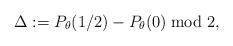
LaTeX: \begin{align*} \Delta := P_\theta(1/2) - P_\theta(0) \bmod 2,\end{align*}